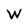
Character: W